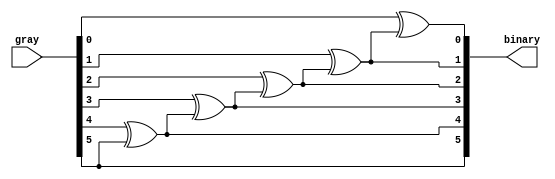
module Gray_to_Binary(
		input  [depthsize:0]gray,
		output [depthsize:0]binary
    );

	 parameter depth = 31 , depthsize = 5 , addresssize = 4 ;

assign binary[depthsize] = gray[depthsize];

generate 
genvar i ; 
		for(i=0 ; i<depthsize ; i = i +1)
		begin : Gray_to_Binary
			assign binary[i] = gray[i]^binary[i+1] ;
		end
endgenerate		

endmodule